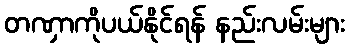
တဏှာကိုပယ်နိုင်ရန် နည်းလမ်းများ